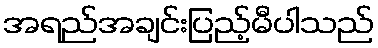
အရည်အချင်းပြည့်မီပါသည်